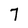
Character: 7